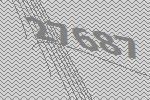
27687